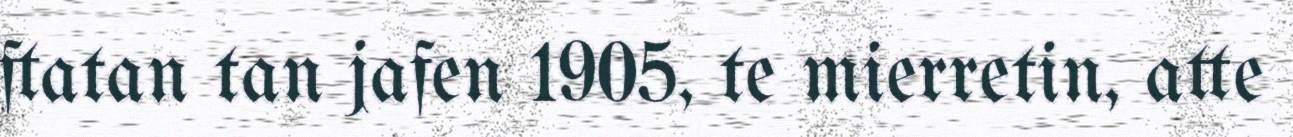
ftatan tan jafen 1905, te mierretin, atte